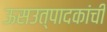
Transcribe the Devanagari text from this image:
ऊसउत्पादकांची